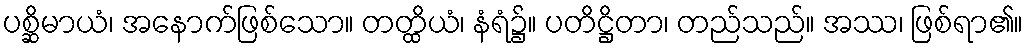
ပစ္ဆိမာယံ၊ အနောက်ဖြစ်သော။ တတ္ထိယံ၊ နံရံ၌။ ပတိဋ္ဌိတာ၊ တည်သည်။ အဿ၊ ဖြစ်ရာ၏။